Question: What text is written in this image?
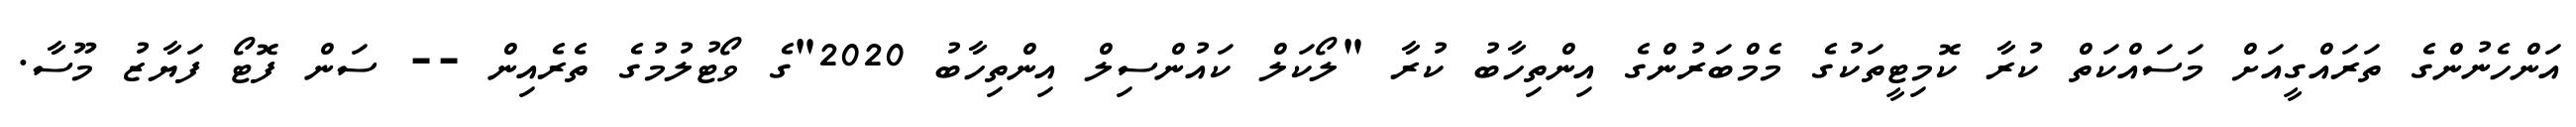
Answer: އަންހެނުންގެ ތަރައްގީއަށް މަސައްކަތް ކުރާ ކޮމިޓީތަކުގެ މެމްބަރުންގެ އިންތިހާބު ކުރާ "ލޯކަލް ކައުންސިލް އިންތިހާބު 2020"ގެ ވޯޓުލުމުގެ ތެރެއިން -- ސަން ފޮޓޯ ފަޔާޒު މޫސާ.